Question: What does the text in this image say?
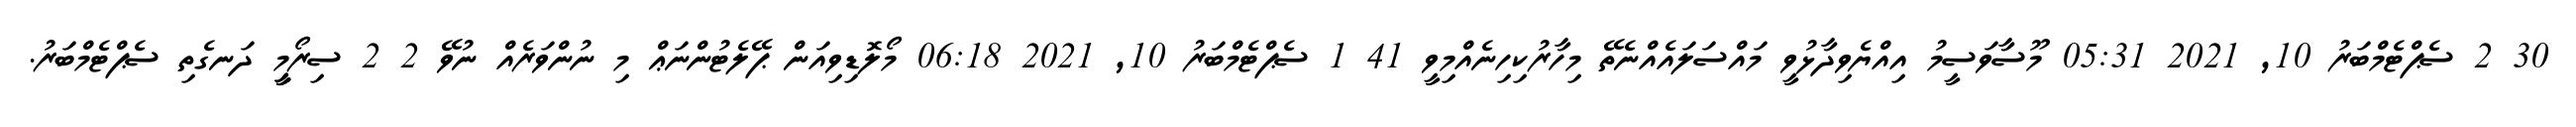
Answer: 30 2 ސެޕްޓެމްބަރު 10, 2021 05:31 މޫސާވަސީމު އިއްޔެވިދާޅުވީ މައްސަލައެއްނެތޭ މިހާރުކިހިނެއްމިވީ 41 1 ސެޕްޓެމްބަރު 10, 2021 06:18 މޯލޮޑިވިއަން ޕޭލެޓުންނަޢް މި ނުންވަރެއް ނުވޭ 2 2 ސިރޯމީީީ ދަނގެތި ސެޕްޓެމްބަރު.